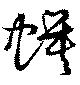
蟆